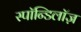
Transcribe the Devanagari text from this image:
स्पॉन्डिलॉज़